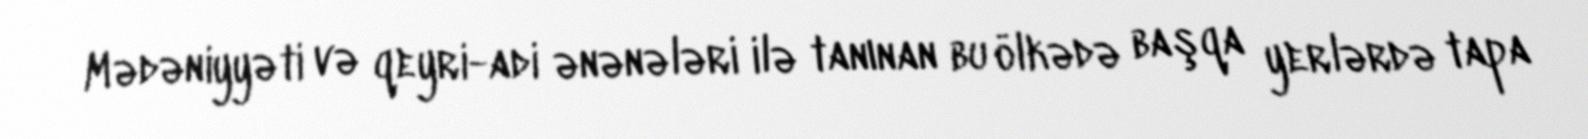
Mədəniyyəti və qeyri-adi ənənələri ilə tanınan bu ölkədə başqa yerlərdə tapa